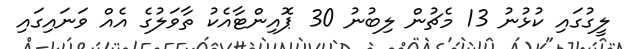
ލީގުގައި ކުޅުނު 13 މެޗުން ލިބުނު 30 ޕޮއިންޓާއެކު ތާވަލުގެ އެއް ވަނައިގައި